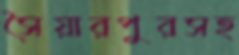
সৈয়ারপুরসহ